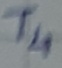
Text: T4